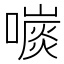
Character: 𡀕